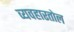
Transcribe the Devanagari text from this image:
व्यवहारतोल